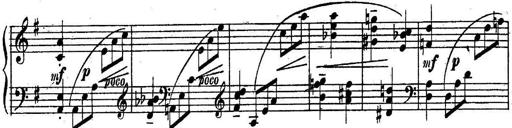
Title: Sonatine
Composer: Adrian Shaposhnikov
Key: E minor